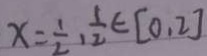
x = \frac { 1 } { 2 } , \frac { 1 } { 2 } \in [ 0 , 2 ]